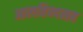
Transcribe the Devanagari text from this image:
आलहिन्दसह